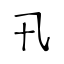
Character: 卂